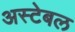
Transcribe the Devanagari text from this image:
अस्टेबल